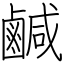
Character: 鹹